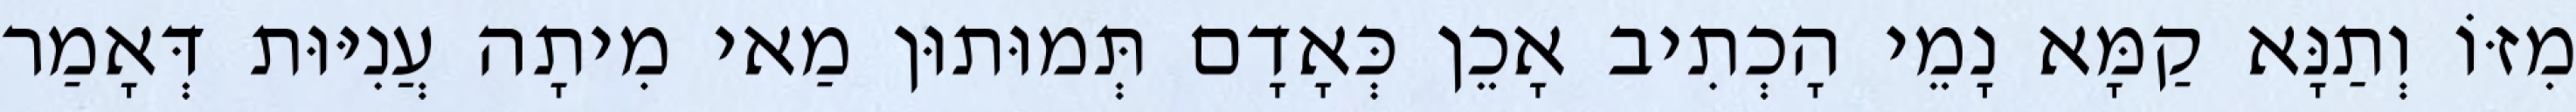
מִזּוֹ וְתַנָּא קַמָּא נָמֵי הָכְתִיב אָכֵן כְּאָדָם תְּמוּתוּן מַאי מִיתָה עֲנִיּוּת דְּאָמַר